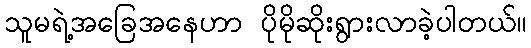
သူမရဲ့အခြေအနေဟာ ပိုမိုဆိုးရွားလာခဲ့ပါတယ်။